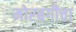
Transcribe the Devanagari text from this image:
मोरबगीचा